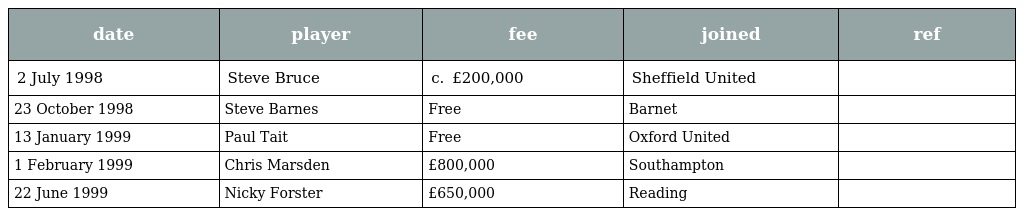
| date | player | fee | joined | ref |
 | --- | --- | --- | --- | --- |
 | 2 July 1998 | Steve Bruce | c.  £200,000 | Sheffield United |  |
 | 23 October 1998 | Steve Barnes | Free | Barnet |  |
 | 13 January 1999 | Paul Tait | Free | Oxford United |  |
 | 1 February 1999 | Chris Marsden | £800,000 | Southampton |  |
 | 22 June 1999 | Nicky Forster | £650,000 | Reading |  |